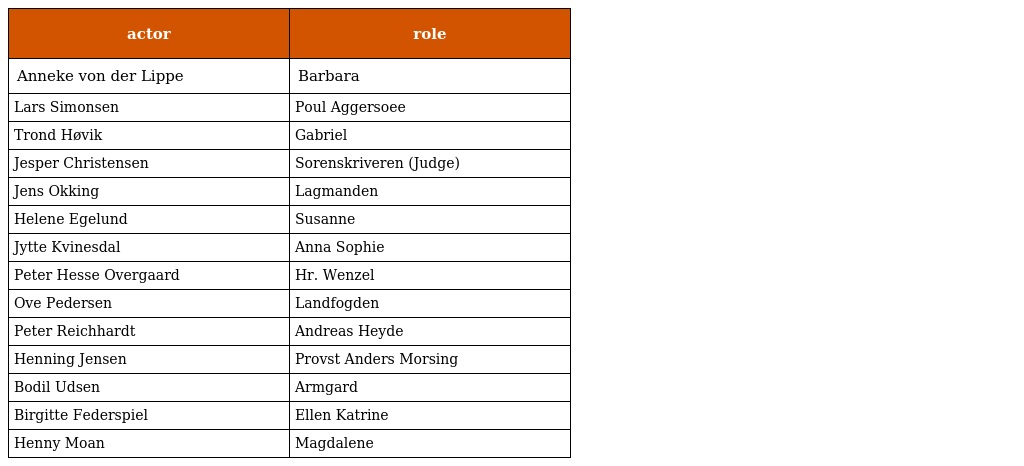
| actor | role |
 | --- | --- |
 | Anneke von der Lippe | Barbara |
 | Lars Simonsen | Poul Aggersoee |
 | Trond Høvik | Gabriel |
 | Jesper Christensen | Sorenskriveren (Judge) |
 | Jens Okking | Lagmanden |
 | Helene Egelund | Susanne |
 | Jytte Kvinesdal | Anna Sophie |
 | Peter Hesse Overgaard | Hr. Wenzel |
 | Ove Pedersen | Landfogden |
 | Peter Reichhardt | Andreas Heyde |
 | Henning Jensen | Provst Anders Morsing |
 | Bodil Udsen | Armgard |
 | Birgitte Federspiel | Ellen Katrine |
 | Henny Moan | Magdalene |